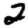
Digit: 2